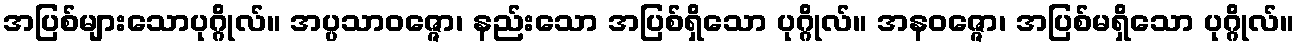
အပြစ်များသောပုဂ္ဂိုလ်။ အပ္ပသာဝဇ္ဇော၊ နည်းသော အပြစ်ရှိသော ပုဂ္ဂိုလ်။ အနဝဇ္ဇော၊ အပြစ်မရှိသော ပုဂ္ဂိုလ်။